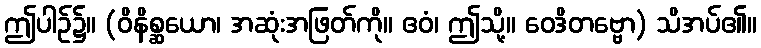
ဤပါဉ်၌။ (ဝိနိစ္ဆယော၊ အဆုံးအဖြတ်ကို။ ဧဝံ၊ ဤသို့။ ဝေဒိတဗ္ဗော) သိအပ်၏။